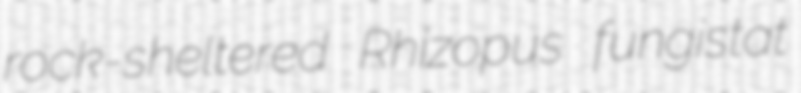
rock-sheltered Rhizopus fungistat